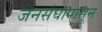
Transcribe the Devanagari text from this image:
जनसंघापासून